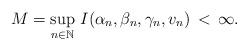
LaTeX: \begin{align*}M=\sup_{n\in \mathbb{N}} \, I(\alpha_n,\beta_n,\gamma_n,v_n) \,<\,\infty.\end{align*}